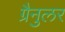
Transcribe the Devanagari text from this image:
ग्रैनुलर